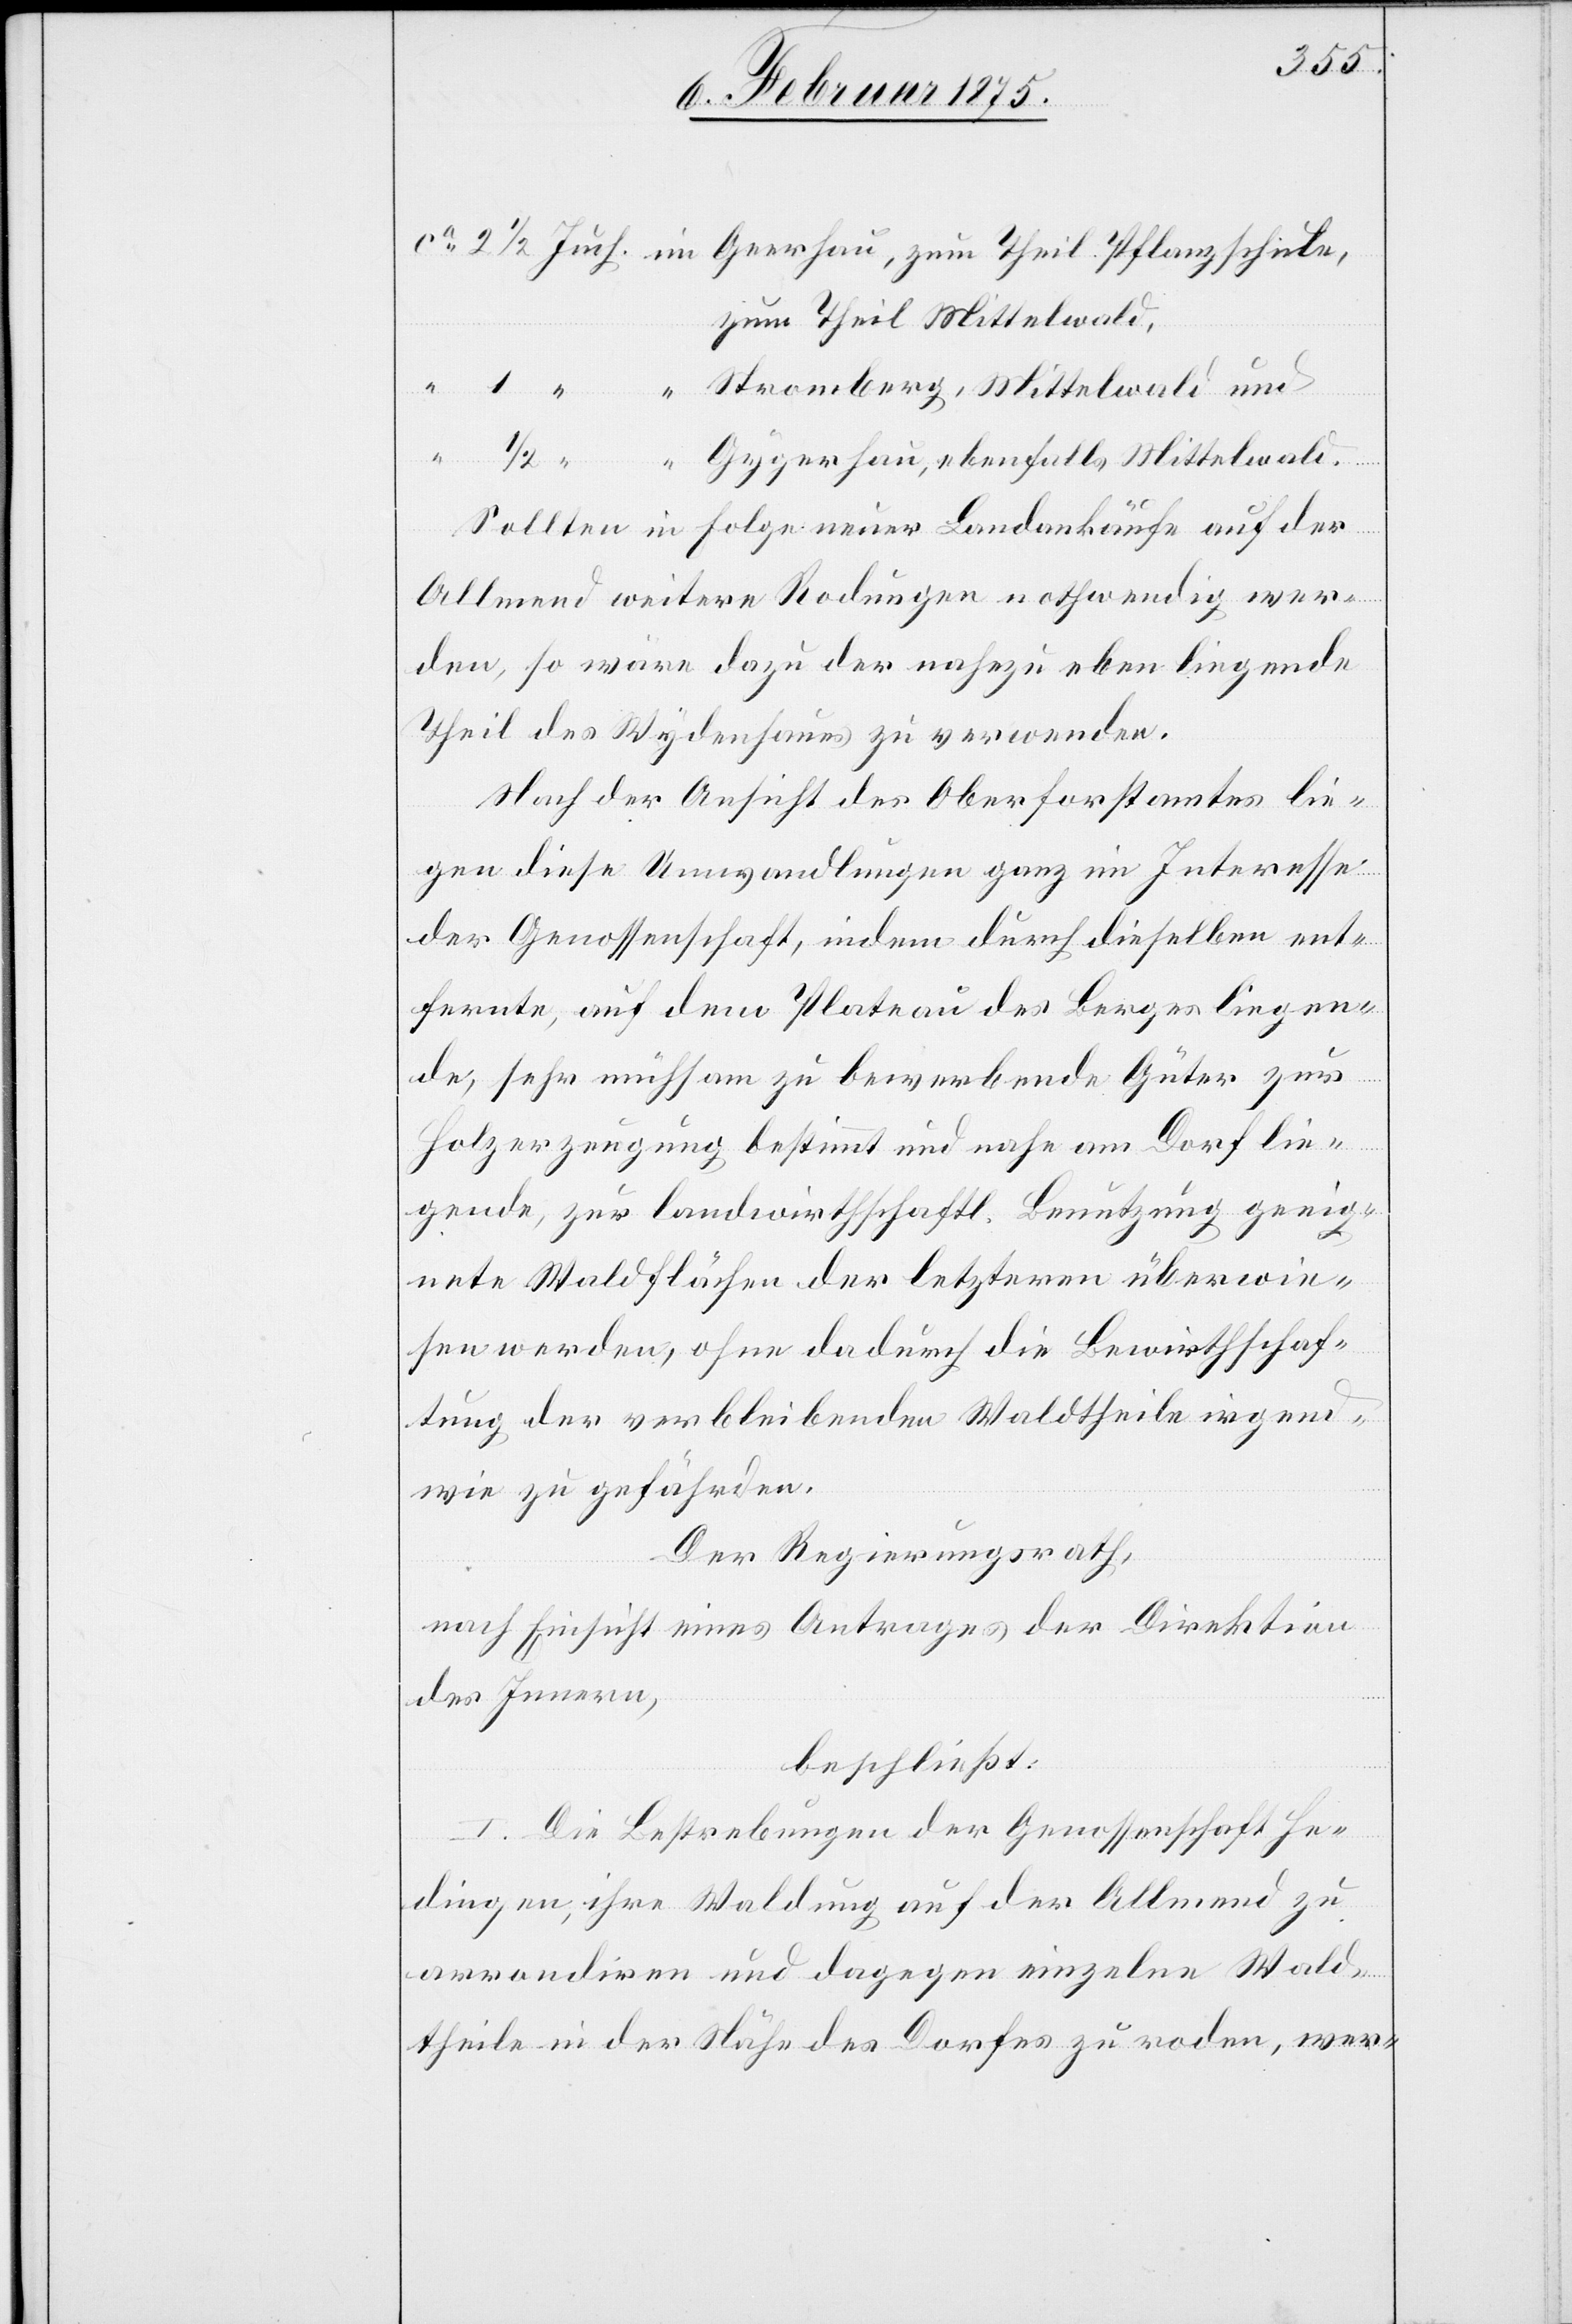
zum Theil Mittelwald,
Sollten in Folge neuer Landankäufe auf der
Allmend weitere Rodungen nothwendig wer¬
den, so wäre dazu der nahezu eben liegende
Theil des Wydenhaues zu verwenden.
Nach der Ansicht des Oberforstamtes lie¬
gen diese Umwandlungen ganz im Interesse
der Genossenschaft, indem durch dieselben ent¬
fernte, auf dem Plateau des Berges liegen¬
den, sehr mühsam zu bewerbende Güter zur
Holzerzeugung bestimmt und nahe am Dorf lie¬
gende, zur landwirthschaftl. Benutzung geeig¬
nete Waldfläche der letzteren überwie¬
sen werden, ohne dadurch die Bewirthschaf¬
tung der verbleibenden Waldtheile irgend¬
wie zu gefährden.
Der Regierungsrath,
nach Einsicht eines Antrages der Direktion
des Innern,
beschließt:
I. Die Bestrebungen der Genossenschaft He¬
dingen, ihre Waldung auf der Allmend zu
arrondiren und dagegen einzelne Wald¬
theile in der Nähe des Dorfes zu roden, wer-